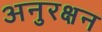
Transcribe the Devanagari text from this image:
अनुरक्षन